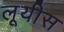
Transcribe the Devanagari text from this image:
लूयीस